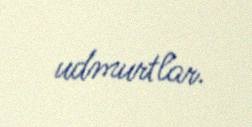
udmurtlar.